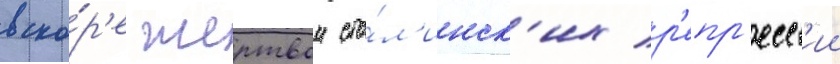
вско́р'е жертвои ста́л'инск'их р'епр'есс'ии